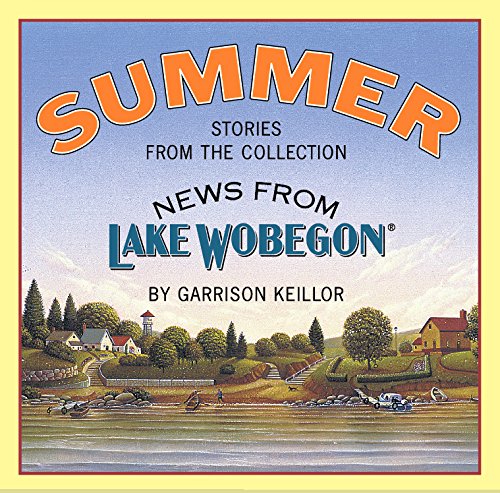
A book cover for Summer: Stories from the Collection News from Lake Wobegon; Garrison Keillor; Humor & Entertainment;